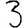
Digit: 3